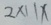
2 \times 1 1 x